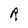
Character: R